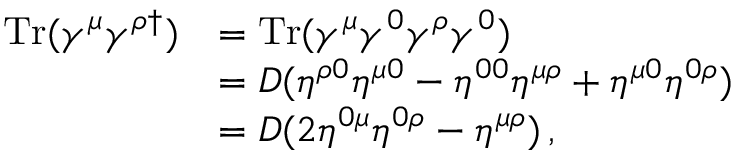
\begin{array} { r l } { \mathrm { T r } ( \gamma ^ { \mu } \gamma ^ { \rho \dagger } ) } & { = \mathrm { T r } ( \gamma ^ { \mu } \gamma ^ { 0 } \gamma ^ { \rho } \gamma ^ { 0 } ) } \\ & { = D ( \eta ^ { \rho 0 } \eta ^ { \mu 0 } - \eta ^ { 0 0 } \eta ^ { \mu \rho } + \eta ^ { \mu 0 } \eta ^ { 0 \rho } ) } \\ & { = D ( 2 \eta ^ { 0 \mu } \eta ^ { 0 \rho } - \eta ^ { \mu \rho } ) \, , } \end{array}